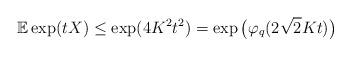
LaTeX: \begin{align*}\mathbb{E}\exp(tX)\le \exp(4K^2t^2)= \exp\big(\varphi_q(2\sqrt{2}Kt)\big)\end{align*}